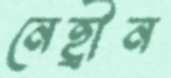
নেহ্রীন